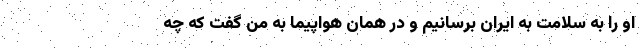
او را به سلامت به ایران برسانیم و در همان هواپیما به من گفت که چه